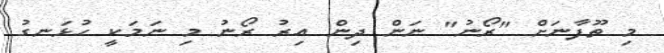
މި ތޫފާނަށް "ރޯނު" ނަން ދިން އިރު ރޯނު މި ނަމަކީ ހުޅަނގު